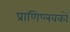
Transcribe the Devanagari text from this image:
प्राणिप्लवकों